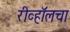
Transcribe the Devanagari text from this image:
रीव्हॉलचा